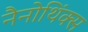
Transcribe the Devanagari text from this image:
नैनोथिंक्स